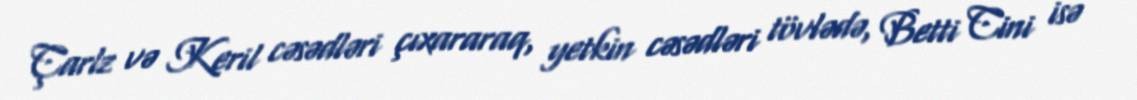
Çarlz və Keril cəsədləri çıxararaq, yetkin cəsədləri tövlədə, Betti Cini isə